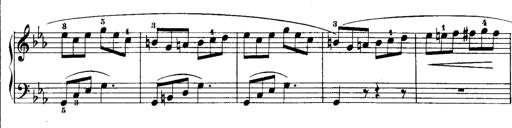
Title: Rondos and Sonatinas for Pianoforte
Composer: Daniel Steibelt